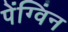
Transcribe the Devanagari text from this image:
पेंग्विंन